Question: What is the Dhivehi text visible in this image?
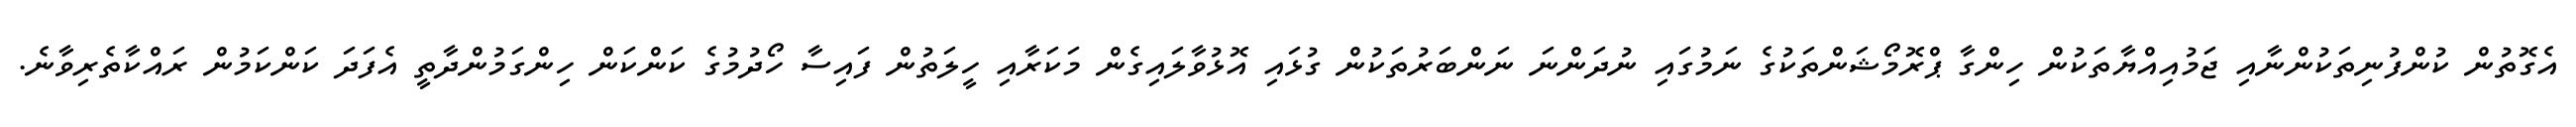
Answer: އެގޮތުން ކުންފުނިތަކުންނާއި ޖަމުއިއްޔާތަކުން ހިންގާ ޕްރޮމޯޝަންތަކުގެ ނަމުގައި ނުދަންނަ ނަންބަރުތަކުން ގުޅައި އޮޅުވާލައިގެން މަކަރާއި ހީލަތުން ފައިސާ ހޯދުމުގެ ކަންކަން ހިންގަމުންދާތީ އެފަދަ ކަންކަމުން ރައްކާތެރިވާނެ.